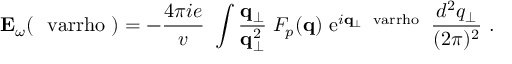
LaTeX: { \bf E } _ { \omega } ( { \mathrm { \boldmath ~ \ v a r r h o ~ } } ) = - { \frac { 4 \pi i e } { v } } \ \int { \frac { { \bf q } _ { \bot } } { { \bf q } _ { \bot } ^ { 2 } } } \; F _ { p } ( { \bf q } ) \ \mathrm { e } ^ { i { \bf q } _ { \bot } { \mathrm { \scriptsize \boldmath ~ \ v a r r h o ~ } } } \; { \frac { d ^ { 2 } q _ { \bot } } { ( 2 \pi ) ^ { 2 } } } \ .